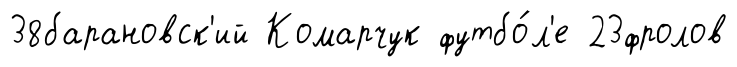
38барановск'ий Комарчук футбо́л'е 23фролов